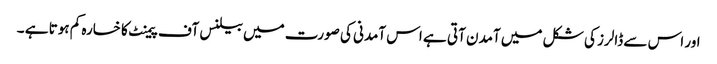
اور اس سے ڈالرز کی شکل میں آمدن آتی ہے اس آمدنی کی صورت میں بیلنس آف پیمنٹ کا خسارہ کم ہوتا ہے ۔